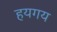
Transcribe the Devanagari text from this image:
हयगय